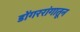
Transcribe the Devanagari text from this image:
डोंगररांगातून